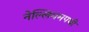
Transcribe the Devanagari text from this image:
नेल्लियमपथी